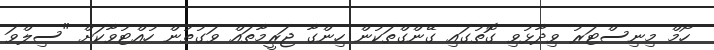
ހޯމް މިނިސްޓަރު ވިދާޅުވި ގޮތުގައި ގޭންގްތަކުން ހިންގާ ޖަރީމާތައް ވަގުތުން ހުއްޓުވާކަށް "ސިލްވަ